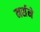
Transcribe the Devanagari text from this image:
नर्सने